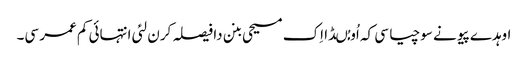
اوہدے پیو نے سوچیا سی کہ اُو مُںڈا اِک مسیحی بنن دا فیصلہ کرن لئی انتہائی کم عمر سی۔